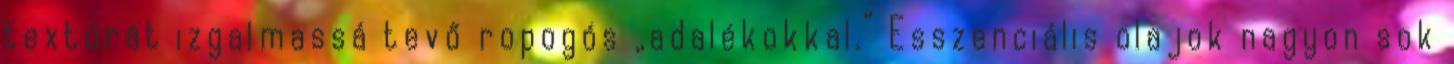
textúrát izgalmassá tevő ropogós „adalékokkal.” Esszenciális olajok nagyon sok